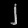
Digit: ၂